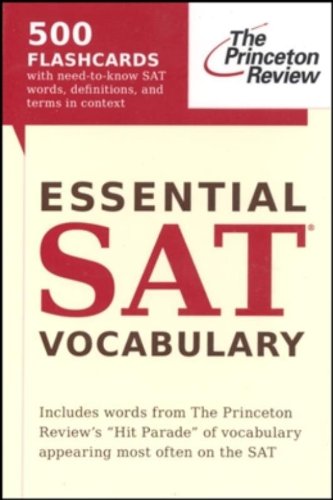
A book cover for Essential SAT Vocabulary (flashcards) (College Test Preparation); Princeton Review; Test Preparation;